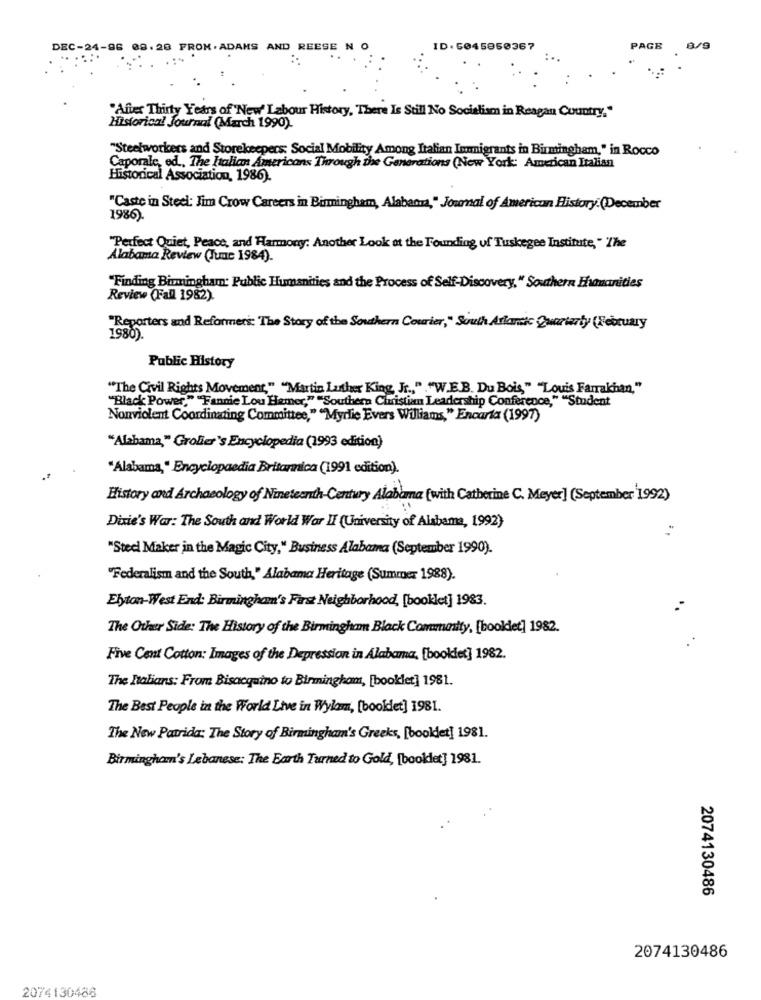
DEC-24-86 08.20 FROM. ADAMS AND REESE N O
ID. 6045850367
PAGE
8/9
"Affer Thirty Years of New Labour History, There Is Still No Socialism in Reagan Country."
Historical Journal (March 1990).
"Steelworkers and Storekeepers: Social Mobility Among Italian Immigrants in Birmingham," in Rocco
Caporale, ed ., The Italian Americans Through the Generations (New York: American Italian
Historical Association, 1986).
"Caste in Steel: Jim Crow Careers in Birmingham, Alabanza," Journal of American History. (December
1986)
"Perfect Quiet, Peace, and Harmony: Another Look at the Founding uf Tuskegee Institute, " The
Alabama Review (Tumc 1984).
"Finding Birmingham: Public Humanities and the Process of Self-Discovery," Southern Humanities
Review (Fall 1982).
"Reporters and Reformers: The Story of the Southern Courier," South Atlantic Quarterly (February
1980).
Public History
"The Civil Rights Movement," "Martin Luther King, Jr ., " ."W.E.B. Du Bois," "Louis Farrakhan,"
"Black Power," "Fannie Lou Hamer," "Southern Christian Leadership Conference," "Student
Nonviolent Coordinating Committee," "Myrlie Evers Williams," Encarta (1997)
"Alabama," Grolier's Encyclopedia (1993 edition)
"Alabama," Encyclopaedia Britormica (1991 edition).
History and Archaeology of Nineteenth-Century Alabama (with Catherine C. Meyer] (September 1992)
Dixie's War: The South and World War II (University of Alabama, 1992)
"Steel Maker in the Magic City," Business Alabama (September 1990).
"Federalism and the South," Alabama Heritage (Summer 1988).
Elyton-West End: Birmingham's First Neighborhood, [booklet] 1983.
The Other Side: The History of the Birmingham Black Community, [booklet] 1982.
Five Cont Cotton: Images of the Depression in Alabama, [booklet] 1982.
The Italians: From Bisacquino to Birmingham, [booklet] 1981.
The Best People in the World Live in Wylam, [booklet] 1981.
The New Patrida: The Story of Birmingham's Greeks, [booldet] 1981.
Birminghamn's Lebanese: The Earth Turned to Gold, [booklet] 1981.
2074130486
2074130486
2074130486